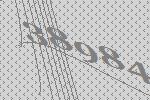
38984